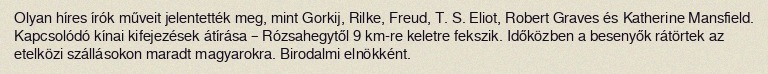
Olyan híres írók műveit jelentették meg, mint Gorkij, Rilke, Freud, T. S. Eliot, Robert Graves és Katherine Mansfield. Kapcsolódó kínai kifejezések átírása – Rózsahegytől 9 km-re keletre fekszik. Időközben a besenyők rátörtek az etelközi szállásokon maradt magyarokra. Birodalmi elnökként.